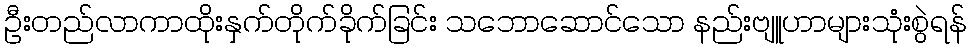
ဦးတည်လာကာထိုးနှက်တိုက်ခိုက်ခြင်း သဘောဆောင်သော နည်းဗျူဟာများသုံးစွဲရန်